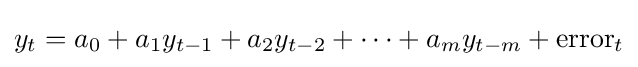
y_{t}=a_{0}+a_{1}y_{t-1}+a_{2}y_{t-2}+\cdots +a_{m}y_{t-m}+{\text{error}}_{t}